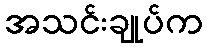
အသင်းချုပ်က